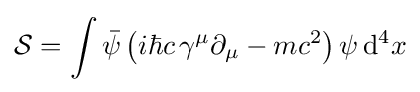
{\mathcal {S}}=\int {\bar {\psi }}\left(i\hbar c\,\gamma ^{\mu }\partial _{\mu }-mc^{2}\right)\psi \,\mathrm {d} ^{4}x